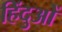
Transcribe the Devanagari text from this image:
हिंदुओें